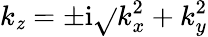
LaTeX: k_{\mathit{z}}=\pm\mathrm{{i}}\sqrt{}{{k_{x}^{2}+k_{y}^{2}}}